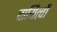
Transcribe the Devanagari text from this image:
दायित्‍वों